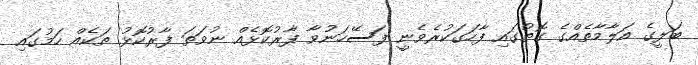
ބަލީގެ އަލާމާތެއްގެ ގޮތުގައި ފާހަގަކުރެވެނީ ފަސޭހަނުވާ ފާރުކޮޅެއް ނުވަތަ ފާރުކޮޅު ތަކެއް ހަމުގައި